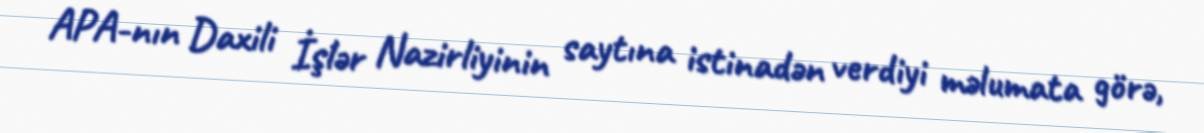
APA-nın Daxili İşlər Nazirliyinin saytına istinadən verdiyi məlumata görə,